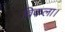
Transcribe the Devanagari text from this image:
विकला।